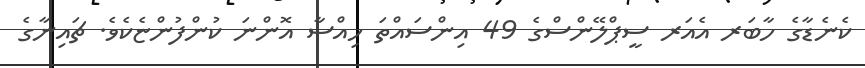
ކެނެޑާގެ ހާބަރ އެއަރ ސީޕްލޭންސްގެ 49 އިންސައްތަ ހިއްސާ އޮންނަ ކުންފުންޏެކެވެ. ޗައިނާގެ